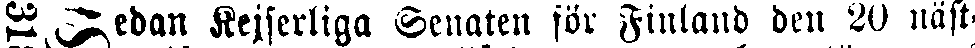
# Sedan Kejserliga Senaten för Finland den 20 näst-